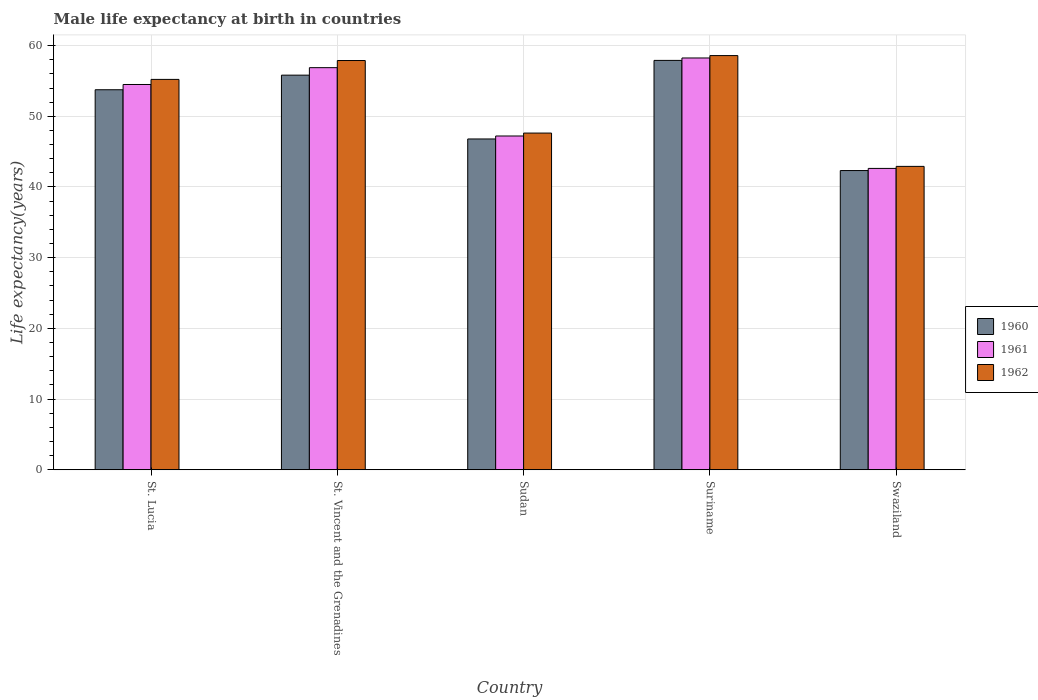
| Country | 1960 | 1961 | 1962 |
 | --- | --- | --- | --- |
 | St. Lucia | 53.8 | 54.5 | 55.2 |
 | St. Vincent and the Grenadines | 55.8 | 56.9 | 57.9 |
 | Sudan | 46.8 | 47.2 | 47.6 |
 | Suriname | 57.9 | 58.2 | 58.6 |
 | Swaziland | 42.3 | 42.6 | 42.9 |